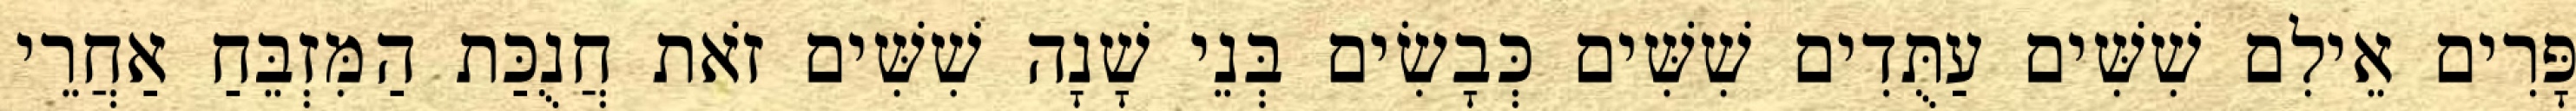
פָּרִים אֵילִם שִׁשִּׁים עַתֻּדִים שִׁשִּׁים כְּבָשִׂים בְּנֵי שָׁנָה שִׁשִּׁים זֹאת חֲנֻכַּת הַמִּזְבֵּחַ אַחֲרֵי